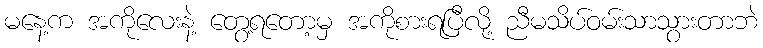
မနေ့က အကိုလေးနဲ့ တွေ့ရတော့မှ အကိုစားရပြီလို့ ညီမသိပ်ဝမ်းသာသွားတာဘဲ